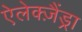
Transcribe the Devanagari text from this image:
ऐलेक्ज़ैंड्रा